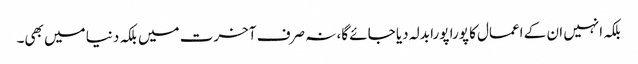
بلکہ انہیں ان کے اعمال کا پورا پورا بدلہ دیا جائے گا، نہ صرف آخرت میں بلکہ دنیا میں بھی۔